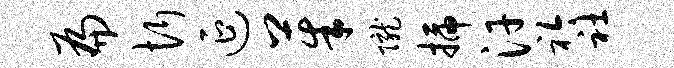
扁忻延茱陇插汗衿社